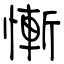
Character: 慚